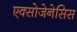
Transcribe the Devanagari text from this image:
एक्सोजेनेसिस